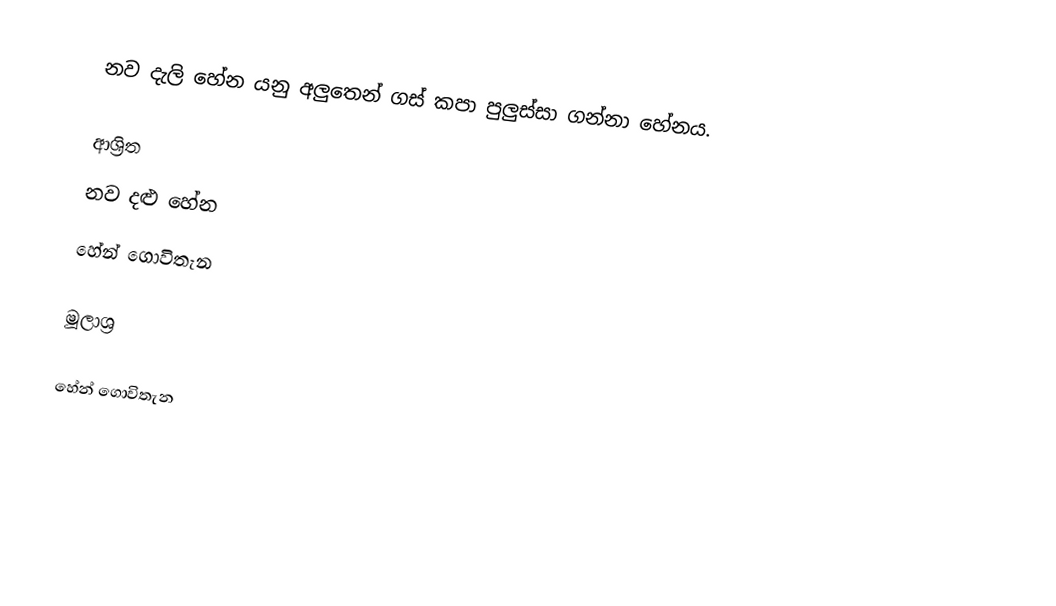
නව දැලි හේන යනු අලුතෙන් ගස් කපා පුලුස්සා ගන්නා හේනය.

ආශ්‍රිත
 නව දළු හේන
 හේන් ගොවිතැන

මූලාශ්‍ර

හේන් ගොවිතැන